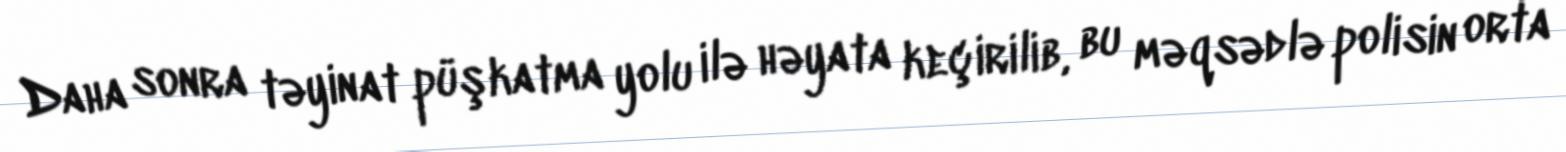
Daha sonra təyinat püşkatma yolu ilə həyata keçirilib, bu məqsədlə polisin orta